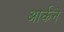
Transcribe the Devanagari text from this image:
आर्कने